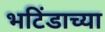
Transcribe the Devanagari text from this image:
भटिंडाच्या